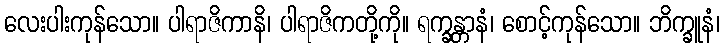
လေးပါးကုန်သော။ ပါရာဇိကာနိ၊ ပါရာဇိကတို့ကို။ ရက္ခန္တာနံ၊ စောင့်ကုန်သော။ ဘိက္ခူနံ၊